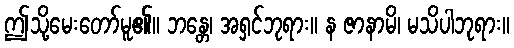
ဤသို့မေးတော်မူ၏။ ဘန္တေ၊ အရှင်ဘုရား။ န ဇာနာမိ၊ မသိပါဘုရား။